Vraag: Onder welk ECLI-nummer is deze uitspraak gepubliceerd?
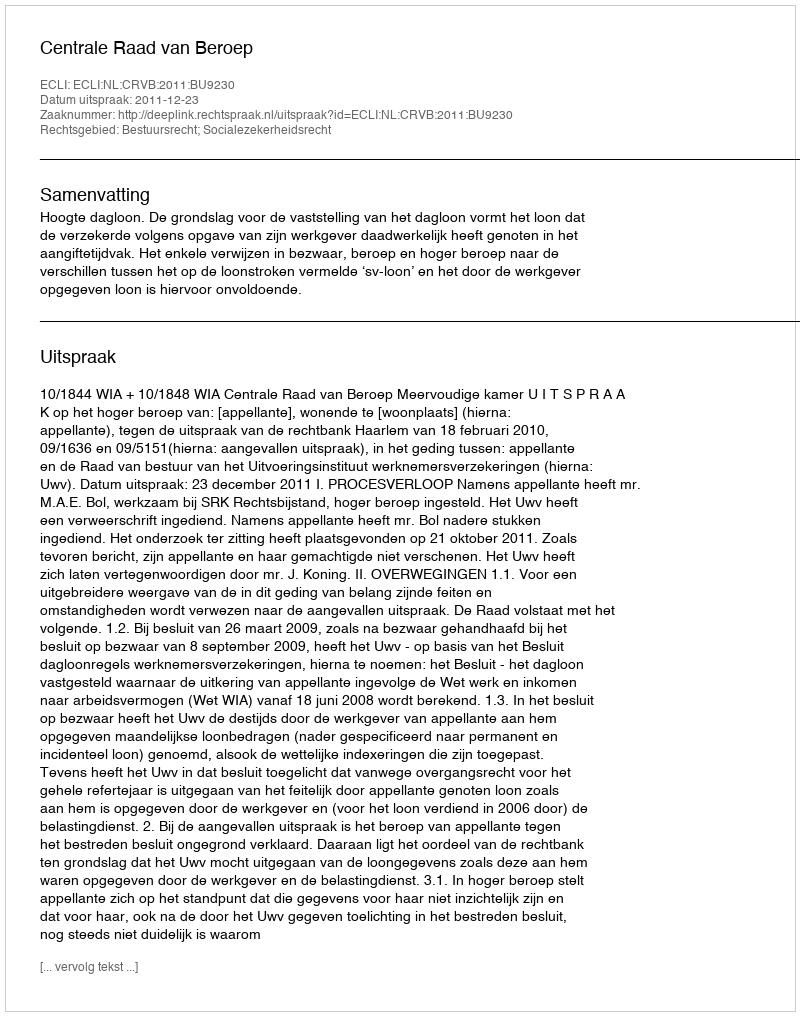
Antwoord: ECLI:NL:CRVB:2011:BU9230